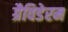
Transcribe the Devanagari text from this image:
ग्रैविडेरम